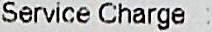
SERVICE CHARGE :